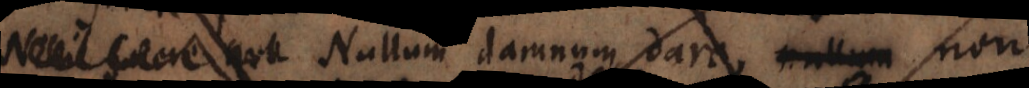
Nihil facere quo Nullum damnum dare, nullum non